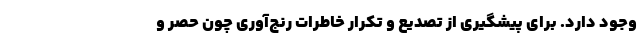
وجود دارد. برای پیشگیری از تصدیع و تکرار خاطرات رنج‌آوری چون حصر و